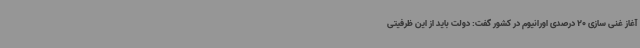
آغاز غنی سازی 20 درصدی اورانیوم در کشور گفت: دولت باید از این ظرفیتی